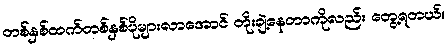
တစ်နှစ်ထက်တစ်နှစ်ပိုများလာအောင် တိုးချဲ့နေတာကိုလည်း တွေ့ရတယ်။